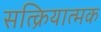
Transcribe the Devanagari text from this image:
सत्क्रियात्मक